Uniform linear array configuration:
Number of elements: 24
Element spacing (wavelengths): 0.5
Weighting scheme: uniform
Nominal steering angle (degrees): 15
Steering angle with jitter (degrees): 16.086
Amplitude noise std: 0.05
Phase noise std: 0.05

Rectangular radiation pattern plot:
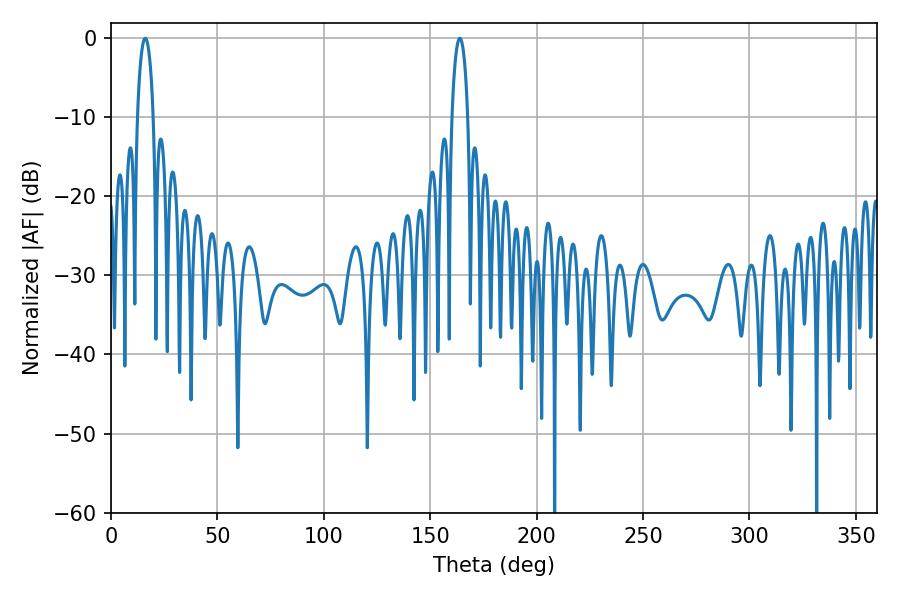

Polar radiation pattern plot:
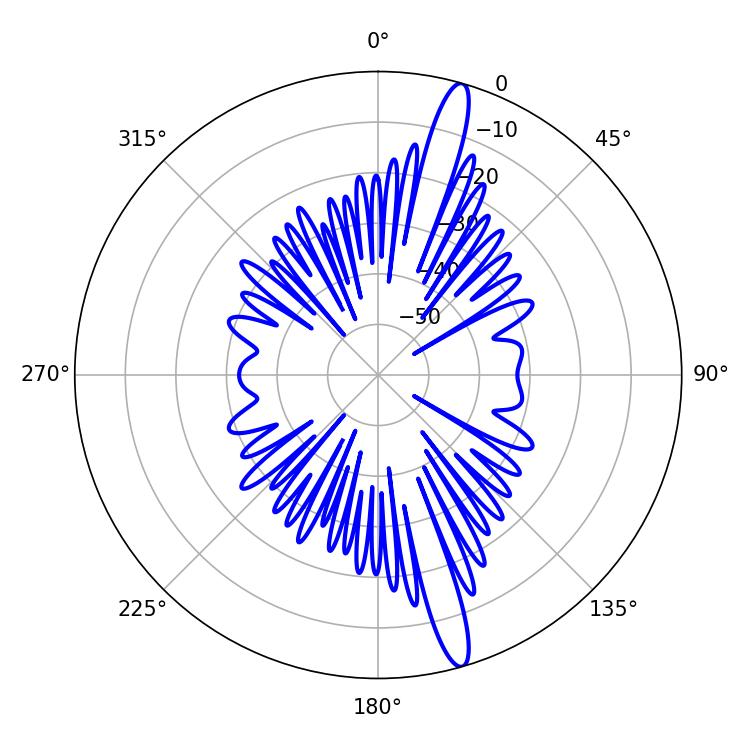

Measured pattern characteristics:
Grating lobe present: FALSE
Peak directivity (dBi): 16.255
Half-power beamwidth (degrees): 4.14
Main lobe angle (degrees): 16.02